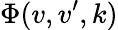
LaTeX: \Phi(v,v^{\prime},k)